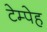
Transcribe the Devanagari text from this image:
टेम्पेह